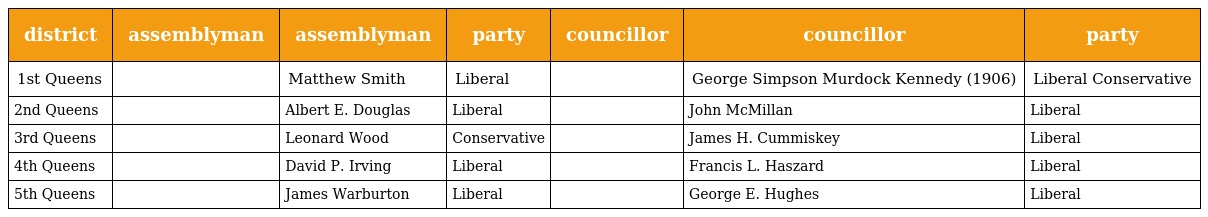
| district | assemblyman | assemblyman | party | councillor | councillor | party |
 | --- | --- | --- | --- | --- | --- | --- |
 | 1st Queens |  | Matthew Smith | Liberal |  | George Simpson Murdock Kennedy (1906) | Liberal Conservative |
 | 2nd Queens |  | Albert E. Douglas | Liberal |  | John McMillan | Liberal |
 | 3rd Queens |  | Leonard Wood | Conservative |  | James H. Cummiskey | Liberal |
 | 4th Queens |  | David P. Irving | Liberal |  | Francis L. Haszard | Liberal |
 | 5th Queens |  | James Warburton | Liberal |  | George E. Hughes | Liberal |